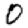
Digit: 0